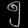
Digit: ၅